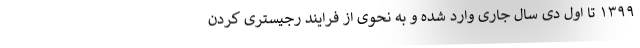
۱۳۹۹ تا اول دی سال جاری وارد شده و به نحوی از فرایند رجیستری کردن